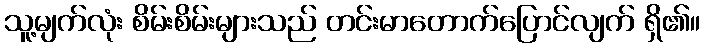
သူ့မျက်လုံး စိမ်းစိမ်းများသည် တင်းမာတောက်ပြောင်လျက် ရှိ၏။